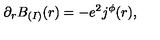
\partial _ { r } B _ { ( I ) } ( r ) = - e ^ { 2 } j ^ { \phi } ( r ) ,